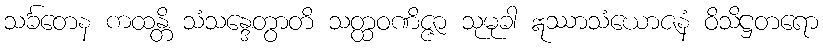
သင်္ခတေန ကထန္တိ သံသန္ဒေတွာတိ သတ္ထဝဏိဇ္ဇာ သုမုခါ ဣဿာသံယောဇနံ ဝိသိဋ္ဌတရော